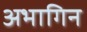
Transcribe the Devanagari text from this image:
अभागिन